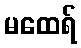
မထေရ်